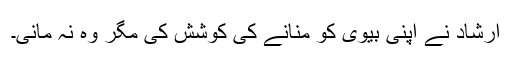
ارشاد نے اپنی بیوی کو منانے کی کوشش کی مگر وہ نہ مانی۔